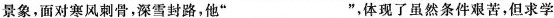
景象，面对寒风刺骨，深雪封路，他”___”，体现了虽然条件艰苦，但求学